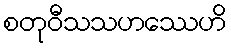
စတုဝီသသဟဿေဟိ